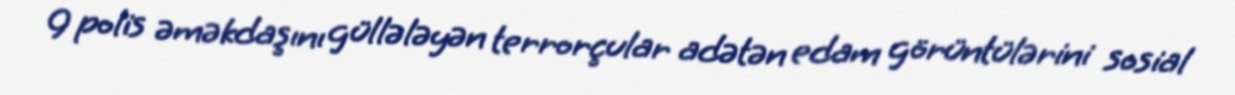
9 polis əməkdaşını güllələyən terrorçular adətən edam görüntülərini sosial